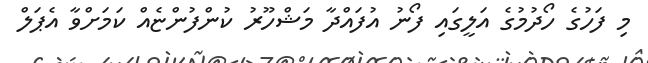
މި ފަހުގެ ހޯދުމުގެ އަލީގައި ފޯނު އުފައްދާ މަޝްހޫރު ކުންފުންޏެއް ކަމަށްވާ އެޕަލް